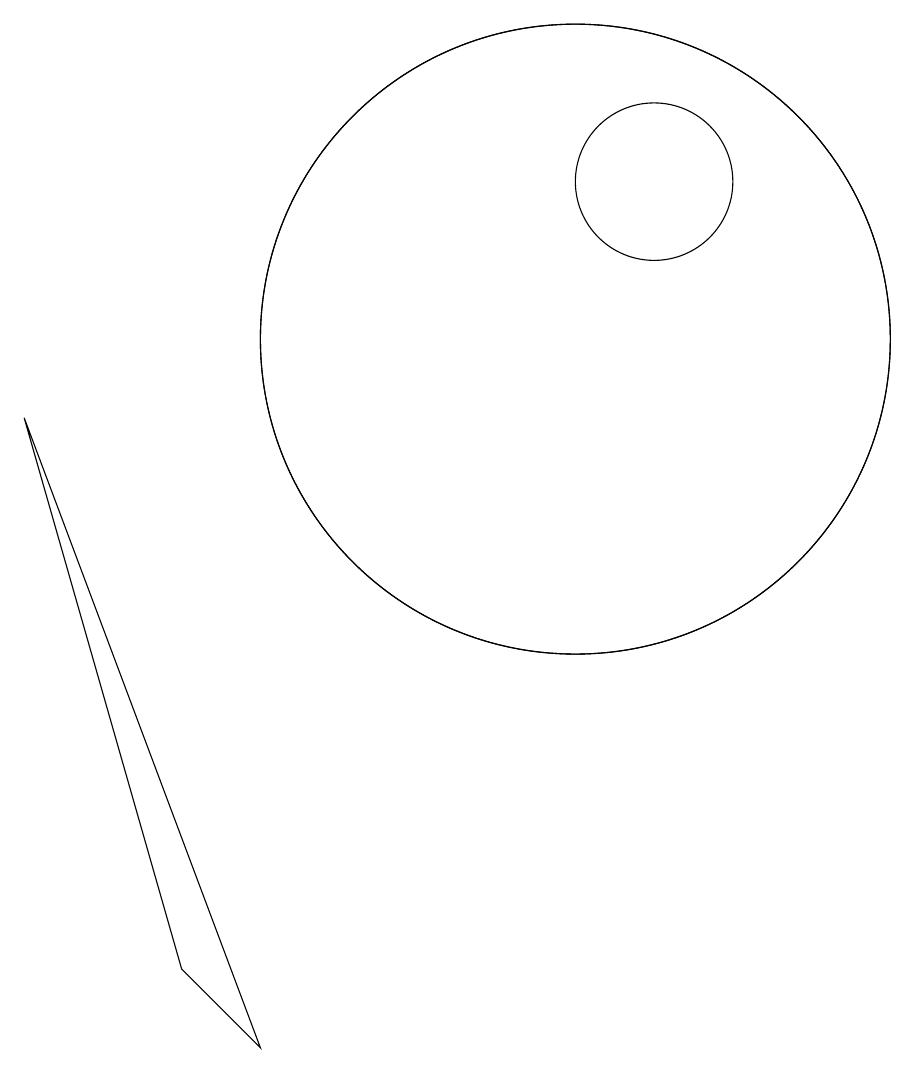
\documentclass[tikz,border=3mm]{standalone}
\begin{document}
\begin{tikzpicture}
\draw (10,10) circle (4);
\draw (11,12) circle (1);
\draw (10,10) circle (4);
\draw (5,2) -- (6,1) -- (3,9) -- cycle;
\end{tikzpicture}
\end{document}